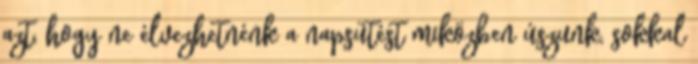
azt, hogy ne élvezhetnénk a napsütést miközben úszunk, sokkal